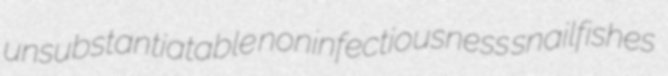
unsubstantiatable noninfectiousness snailfishes